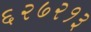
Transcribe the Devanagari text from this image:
६२७२१३